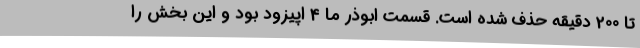
تا 200 دقیقه حذف شده است. قسمت ابوذر ما 4 اپیزود بود و این بخش را